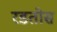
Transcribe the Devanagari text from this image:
रडतोस